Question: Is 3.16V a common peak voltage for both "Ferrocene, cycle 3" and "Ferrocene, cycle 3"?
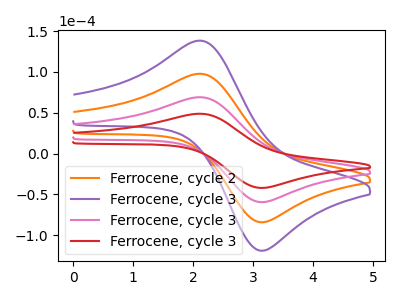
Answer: <think>The orange curve "Ferrocene, cycle 2" has an anodic peak at (2.10V, 138.25uA) and a cathodic peak at (3.15V, -118.75uA). The purple curve "Ferrocene, cycle 3" has an anodic peak at (2.10V, 207.35uA) and a cathodic peak at (3.15V, -178.15uA). The pink curve "Ferrocene, cycle 3" has an anodic peak at (2.10V, 69.10uA) and a cathodic peak at (3.15V, -59.40uA). The red curve "Ferrocene, cycle 3" has an anodic peak at (2.10V, 48.85uA) and a cathodic peak at (3.15V, -41.95uA).</think>
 <answer>Yes, "Ferrocene, cycle 3" and "Ferrocene, cycle 3" share a peak at 3.16V.</answer>
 <eval>match</eval>